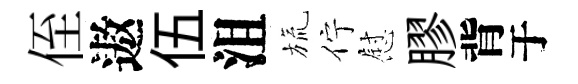
侄遨伍沮旒佇慰膠背于